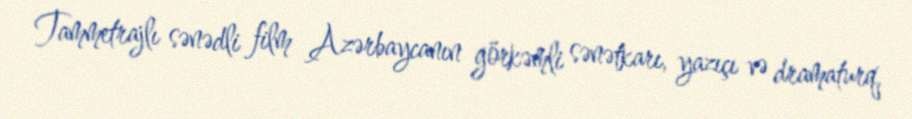
Tammetrajlı sənədli film Azərbaycanın görkəmli sənətkarı, yazıçı və dramaturq,